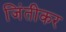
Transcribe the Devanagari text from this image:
जिंतीकर